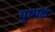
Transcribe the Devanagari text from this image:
पुष्‍पकं